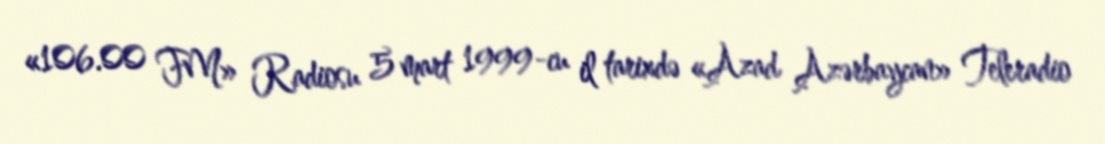
«106.00 FM» Radiosu 5 mart 1999-cu il tarixdə «Azad Azərbaycan» Teleradio